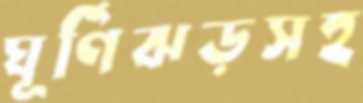
ঘূর্ণিঝড়সহ